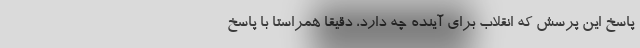
پاسخ این پرسش که انقلاب برای آینده چه دارد، دقیقاً همراستا با پاسخ